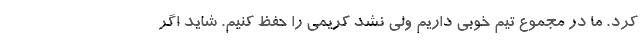
کرد. ما در مجموع تیم خوبی داریم ولی نشد کریمی را حفظ کنیم. شاید اگر